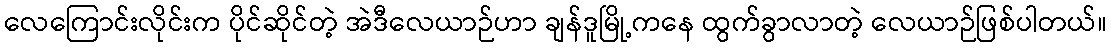
လေကြောင်းလိုင်းက ပိုင်ဆိုင်တဲ့ အဲဒီလေယာဉ်ဟာ ချန်ဒူမြို့ကနေ ထွက်ခွာလာတဲ့ လေယာဉ်ဖြစ်ပါတယ်။